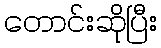
တောင်းဆိုပြီး